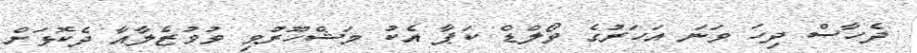
ދެހާސް ދިހަ ވަނަ އަހަރުގެ ވޯލްޑް ކަޕާ އެކު މަޝްހޫރުވި ވުވުޒެލާއާ ދެކޮޅަށް